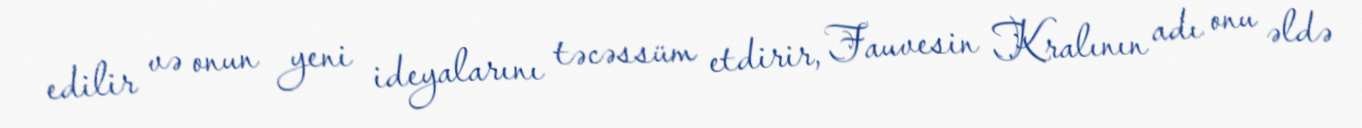
edilir və onun yeni ideyalarını təcəssüm etdirir, Fauvesin Kralının adı onu əldə